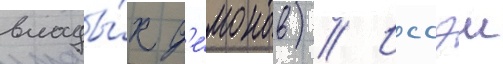
влады́к д'е́монов) // Иссэи